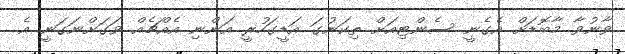
ވާނުވާ މާބޮޑަށް އެގެނީ ސެންޓިއަށް ތިކަނުގަ އަޑީގަހުރީ އަންނި އެއްޗެއް ވަގަށްނަގަނީ އެ